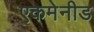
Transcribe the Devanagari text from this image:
एकमेनीड